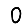
Digit: 0